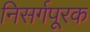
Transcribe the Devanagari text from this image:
निसर्गपूरक